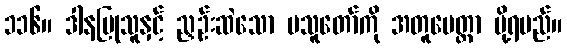
၁၁၆။ ဒါနပြုသူနှင့် ညှဉ်းဆဲသော မသူတော်ကို အတူမေတ္တာ ပို့ရမည်။